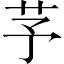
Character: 芧